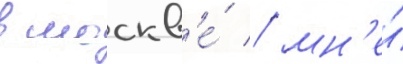
в москв'е́ / мн'е́